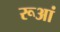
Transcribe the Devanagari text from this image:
रूआं